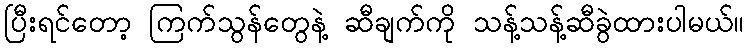
ပြီးရင်တော့ ကြက်သွန်တွေနဲ့ ဆီချက်ကို သန့်သန့်ဆီခွဲထားပါမယ်။